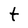
Character: t